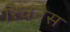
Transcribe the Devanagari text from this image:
रिचनेस